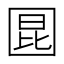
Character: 𪢬